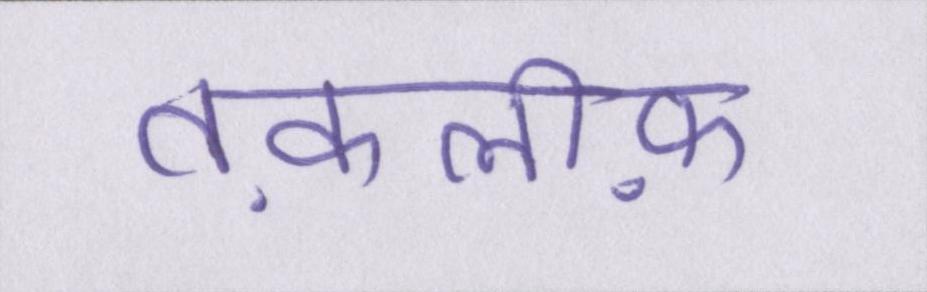
तक़लीफ़